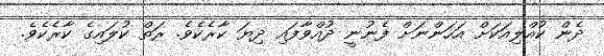
ދެން ކުއްލިއަކަށް އަހަންނަށް ފެނުނީ ދުއްވާފައި ދިޔަ ކާރެކެވެ. ރަތް ކުލައިގެ ކާރެކެވެ.